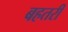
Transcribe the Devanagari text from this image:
बहतरी